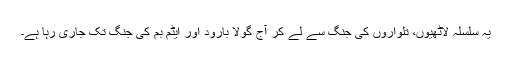
یہ سلسلہ لاٹھیوں، تلواروں کی جنگ سے لے کر آج گولا بارود اور ایٹم بم کی جنگ تک جاری رہا ہے۔